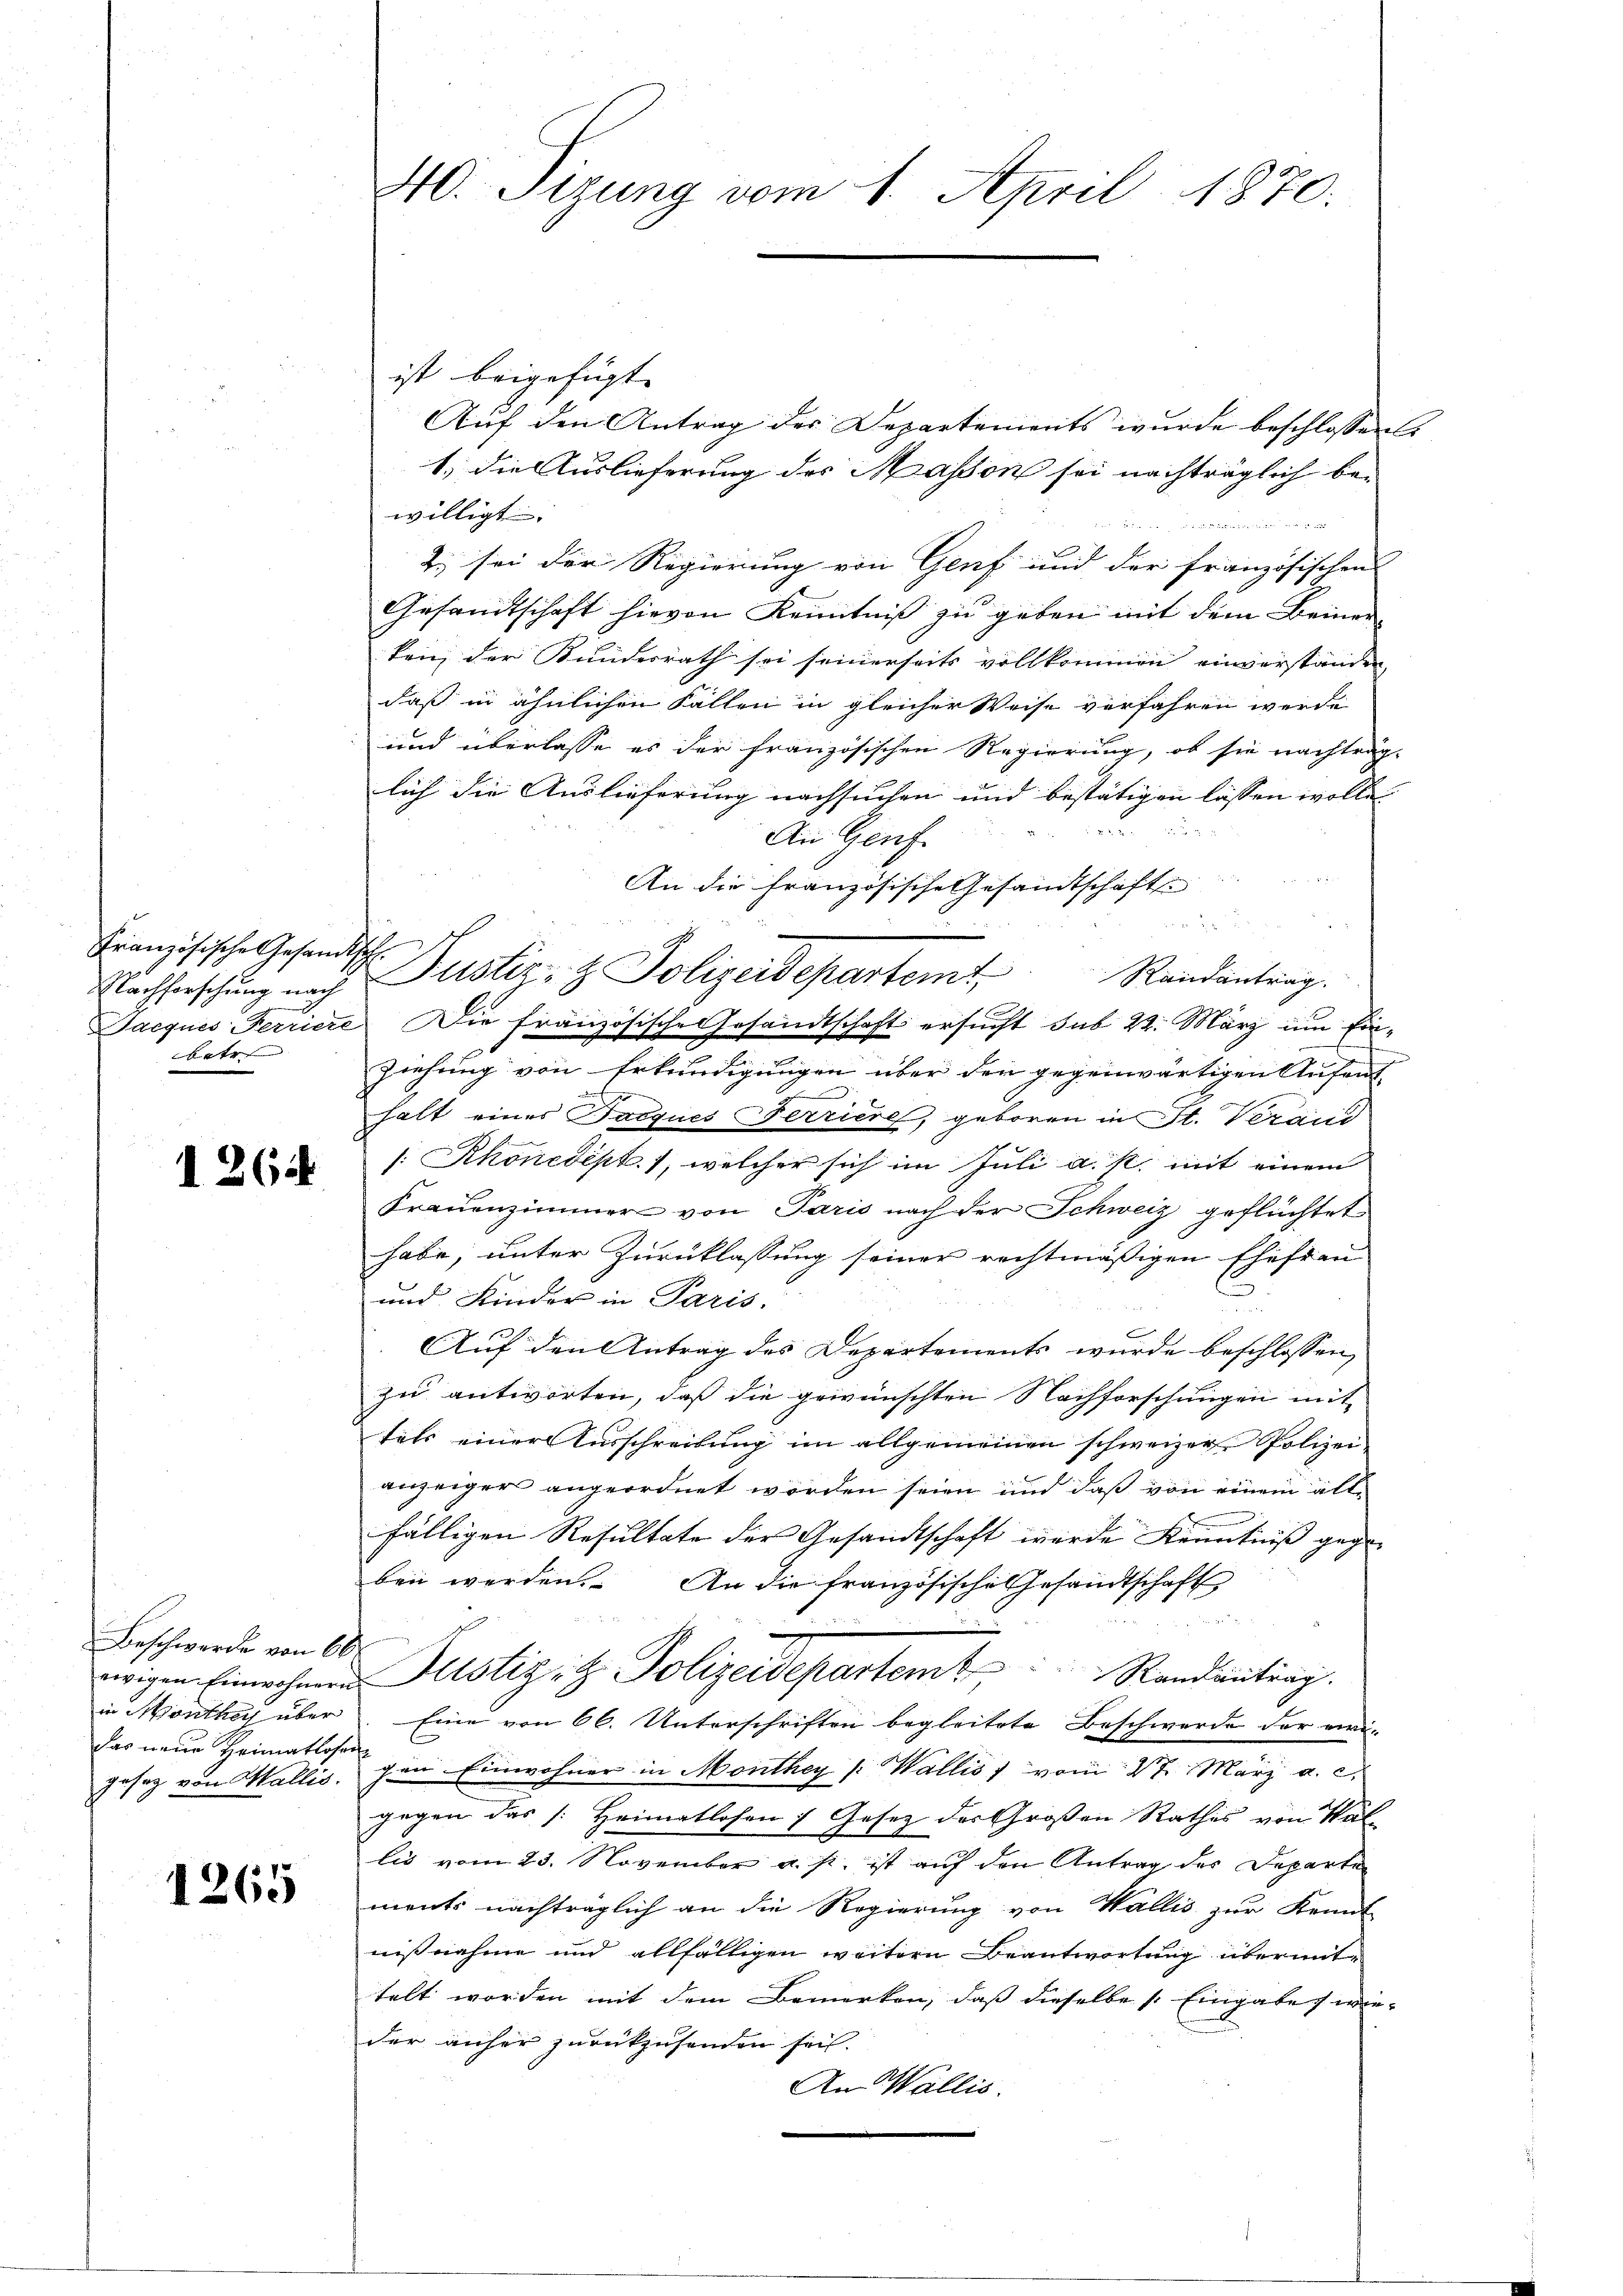
Französische Gesandtsch
Nachforschung nach
bate |

1264

Beschwerde von 60
in Monthey über
das neue Heimatlosen
gesez von Wallis.

1265

40. Sizung vom 1. April 1870.

ist beigefügt. |
Auf den Antrag des Departements wurde beschlossen
1) die Auslieferung des Massen sei nachträglich bei
willigt. |

2) sei der Regierung von Genf und der französischen |
Gesandtschaft hievon Kenntniß zu geben mit dem Beiner
ken, der Bundesrath sei seinerseits vollkommen einverstanden
daß in ähnlichen Fällen in gleicher Weise verfahren werde
und überlasse es der französischen Regierung, ob sie nachträg-
lich die Auslieferung nachsuchen und bestätigen lassen wolle. |
u
aud
An Genf.
An die französische Gesandtschaft
2 x 2
Puster- & Polizeidepartemt Randantrag.
Jacques Ferriere Die französische Gesandtschaft ersucht sub 22. März um Ein¬
Ziehung von Erkundigungen über den gegenwärtigen Aufent
falt eines Jacques Ferriere, geboren in St. Verand
: Rhonedept. 1, welcher sich im Juli a. s. mit einem
Frauenzimmer von Paris nach der Schweiz geflüchtet
habe, unter Zurücklassung seiner rechtmäßigen Ehefrau
und Kinder in Paris.
Auf den Antrag des Departements wurde beschlossen,
zu antworten, daß die gewünschten Nachforschungen mit
tels einer Ausschreibung im allgemeinen schweizer Polizei-
anzeigers angeordnet worden seien und daß von einem alle
fälligen Resultate der Gesandtschaft wurde Kenntniß gegen
ben werden. An die französische Gesandtschaft

wegen Einwohneren Pustizit. Polizeidepartemt Randantrag.
Eine von 66. Unterschriften begleitete Beschwerde der viri-
gen Einwohner in Monthey (: Wallis, vom 2t März a. c.
gegen das [: Heimatlosen 7 Gesetz des Großen Rathes von Wal
lis vom 23. November a. p. ist auf den Antrag des Departe
ments nachträglich an die Regierung von Wallis zur Kennt
nißnahme und allfälligen weitern Beantwortung übermittelt worden mit dem Bemerken, daß dieselbe (Eingabe, wieder anher zurückzusenden sei.
An Wallis.